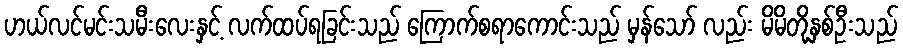
ဟယ်လင်မင်းသမီးလေးနှင့် လက်ထပ်ရခြင်းသည် ကြောက်စရာကောင်းသည် မှန်သော် လည်း မိမိတို့နှစ်ဦးသည်